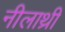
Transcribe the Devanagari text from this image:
नीलाथ्री